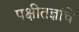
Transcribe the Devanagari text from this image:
पक्षीतज्ञांचे